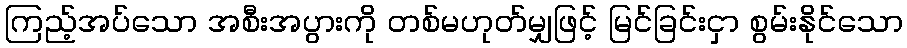
ကြည့်အပ်သော အစီးအပွားကို တစ်မဟုတ်မျှဖြင့် မြင်ခြင်းငှာ စွမ်းနိုင်သော